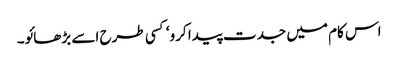
اس کام میں جدت پیدا کرو‘ کسی طرح اسے بڑھائو۔